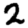
Digit: 2